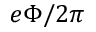
e \Phi / 2 \pi